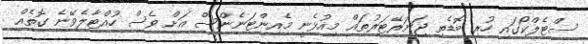
ސްޓެލްކޯގައި ހުރި ބޮޑެތި ޖަނަރޭޓަރުތައް މިއުޅެނީ މެއިންޓަނެންސް އަށް ވެސް ހުއްޓާލެވޭނެ ގޮތެއް